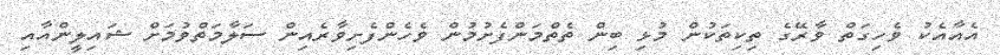
އެއާއެކު ވެހިގަތް ވާރޭގެ ތިކިތަކުން މުޅި ބިން ތެތްމަންފެށުމުން ވެހެންފެށިވާރެއިން ސަލާމަތްވުމަށް ޝައިލީންއާއި